Bréfritari: Þórunn Pálsdóttir
Viðtakandi: Páll Pálsson
Dagsetning: A-1848-09-08
Skrifað á: Hallfreðarstöðum  N-Múl.
Páll var bróðir Þórunnar

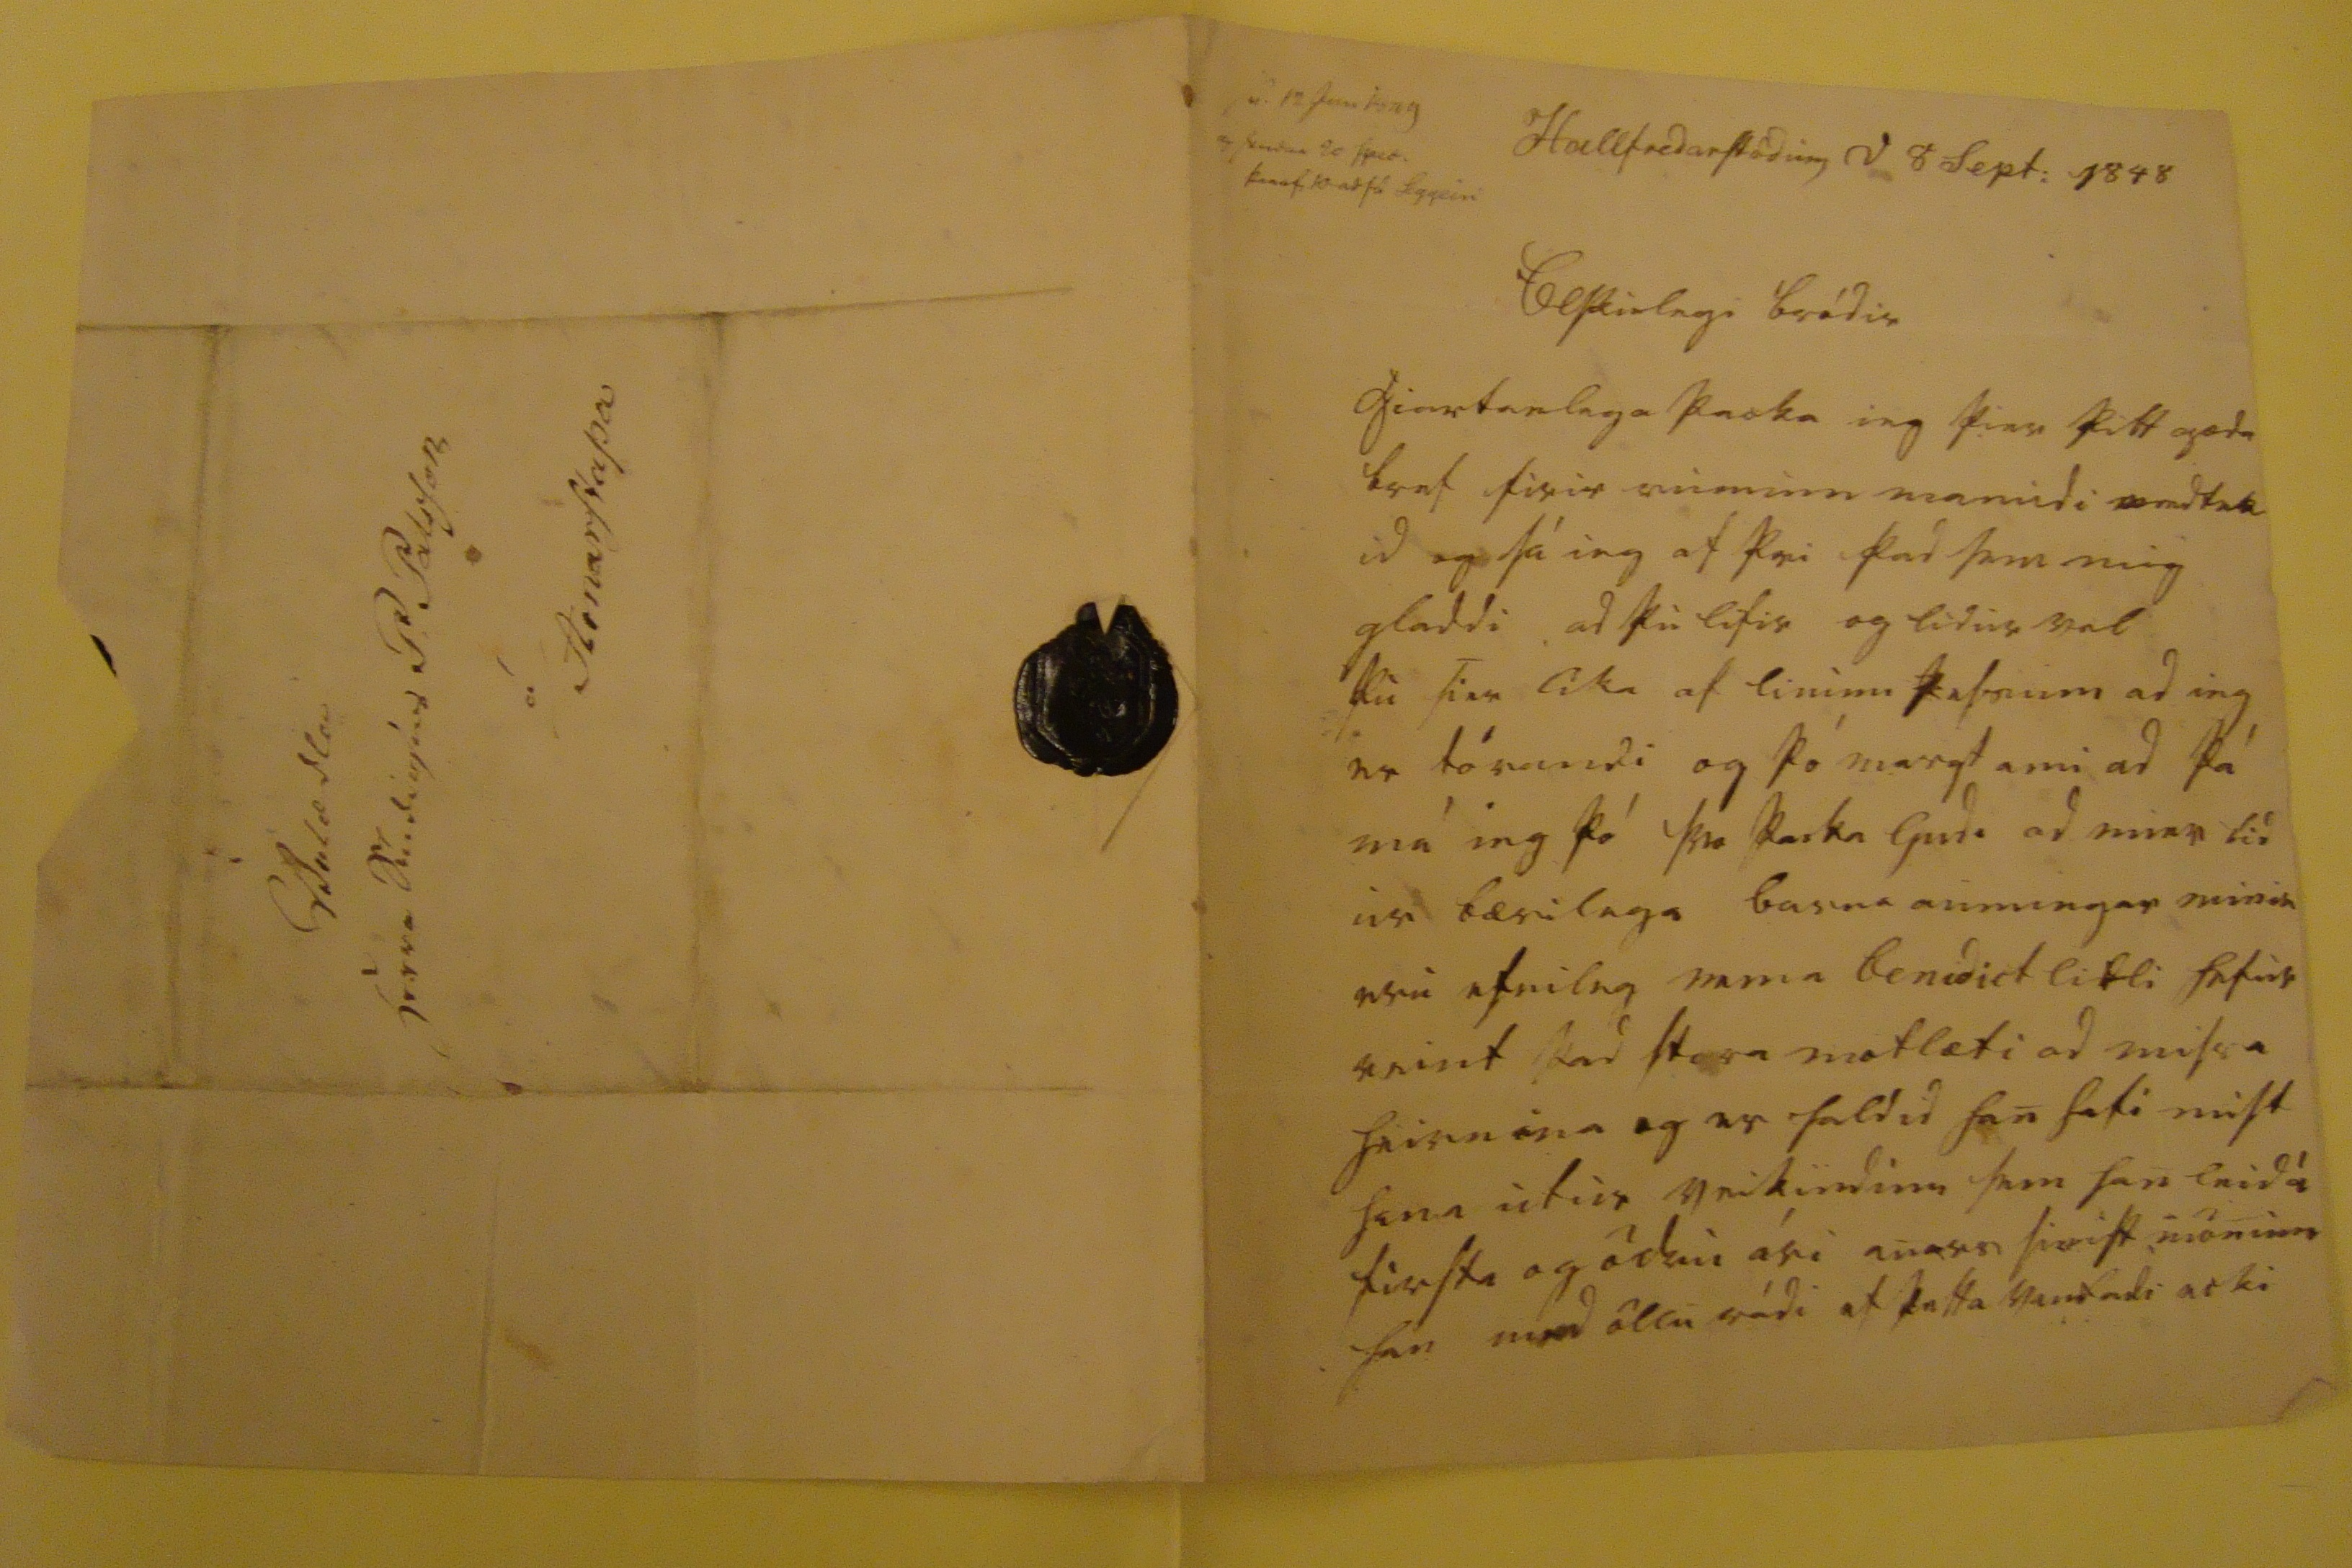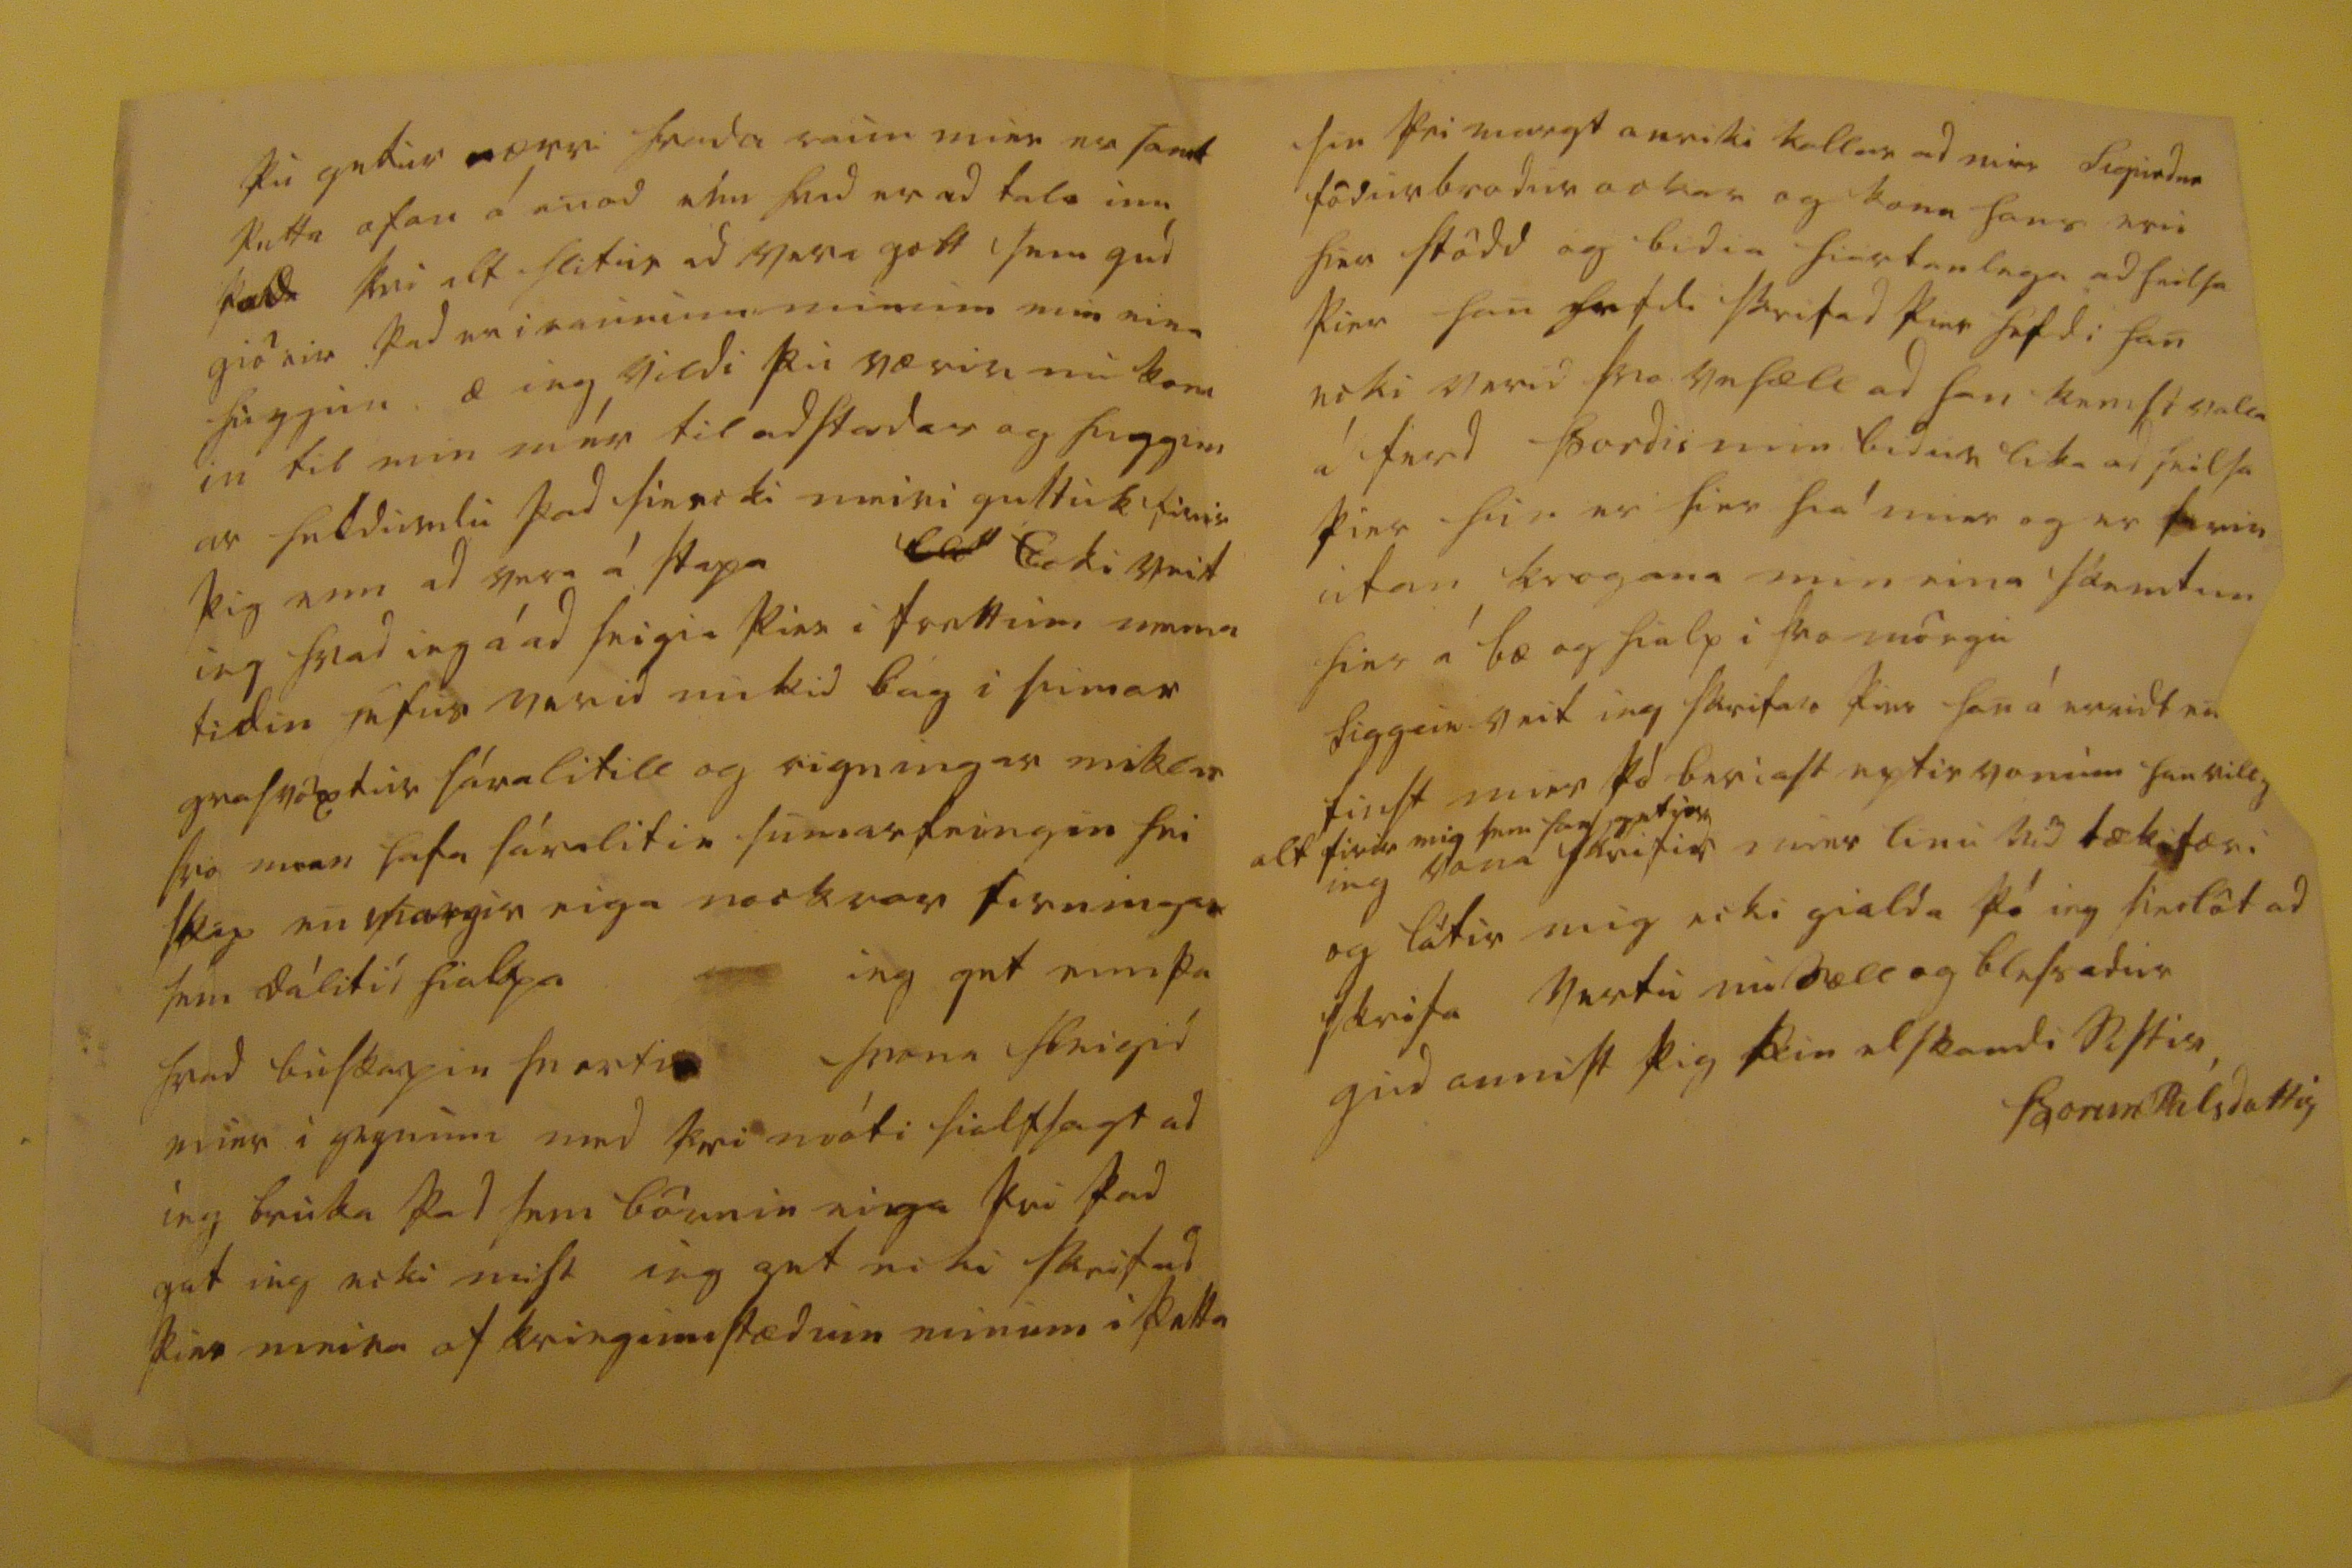

00 12 jun 00g 0 sidan 20 000 þ00fi 10 ad fá Siggeiri
Hallfredarstödum d 8 Sept: 1848
Elskulegi bródir
hiartanlega þacka ieg þier þitt goda bref firir rumum manudi
medtek id
og sá ieg af þvi þad sem mig gladdi, ad þu lifir og lidur vel þu sier lika af linum þessum ad ieg er tórandi og þó margt ami ad þá má ieg þó svo þacka Gudi ad mier lid ur bærilega barna minningar minar eru efnileg nema Benedict litli hefur reint þad stora mótlæti ad missa heirnina og er haldid han hafi mist hana utur veikindum sem han leid á firsta og ödru ári anars sinist mönum han med öllu rádi ef þetta vantadi ecki
þu getur
0
ærr
hvada raun mier er
send
þetta ofan á anad enn hvad er ad tala um þad þvi alt hlitur ad vera gott sem gud giörir þad er i raunum minum min eina huggun æ ieg vildi þu værir nu kom in til min mér til adstodar og huggun ar heldurdu þad sie ecki meiri
gustuk
firir þig enn ad vera á stapa
000
Ecki veit ieg hvad ieg á ad seigia þier i frettum nema tidin hefur verid mikid bág i sumar grasvöxtur sáralitill og rigningar miklar svo menn hafa sáralitin sumar feingin hei skap en margir eiga nockrar firningar sem dálitid hialpa ieg get ennþa hvad buskapin snerti
r herna
hleigid mier i gegnum med þvi móti sialfsagt ad ieg brúka þad sem börnin eiga þvi þad get ieg ecki mist ieg get ecki skrifad meira af kringumstædum minum i þetta
sin þvi margt anriki kallar ad mier Sigurdur födurbrodur ockar og kona hans eru hier stödd og bidia hiartanlega ad heilsa þier han hefdi skrifad þier hefdi han ecki verid svo vesæll ad han kemst valla á ferd Þordis min bidur lika ad heilsa þier hun er hier hia mier og er
00
ein utan kragana min eina skemtun hier á bæ og hialp i svo mörgu Siggeir veit ieg skrifar þier han á
ervidt en
finst mier þó beriast eptir vonum han vill
alt firir mig sem han getur
ieg vona skrifir mier linu vid tækifæri og látir mig ecki gialda þó ieg sie löt ad skrifa Vertu nu sæll og blessadur
gud annist þig þin elskandi sistir
Þorun Pálsdottir
0000000 Herra Studioses P: Palsson á Arnarstapa